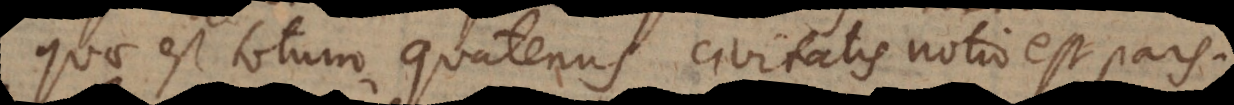
quae est totum quatenus civitatis notio est pars.